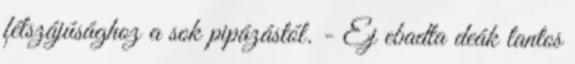
félszájúsághoz a sok pipázástól. - Ej ebadta deák lantos